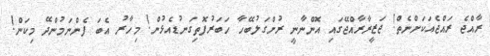
ރާއްޖެ ރައްޖެއަކަށްނެތް! ޖަޒީރާރާއްޖޭގައި އޮންނާނީ ރުށްގަލުބޭހާ ހަބަރުފޮތިގަނޑުއެޅުން! މިހާރު އެބަ ފެންނަމުންދޭ މިކަން!